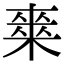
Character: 𭫘